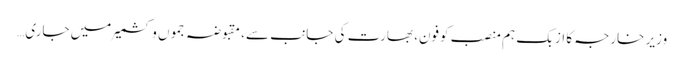
وزیر خارجہ کا ازبک ہم منصب کوفون، بھارت کی جانب سے، مقبوضہ جموں و کشمیر میں جاری…